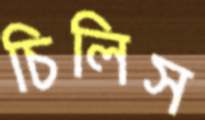
চিলিস